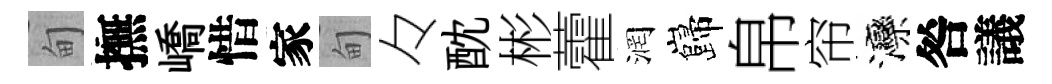
甸撫嶠惜家甸々酖彬藿润巋帛帘灤咎議